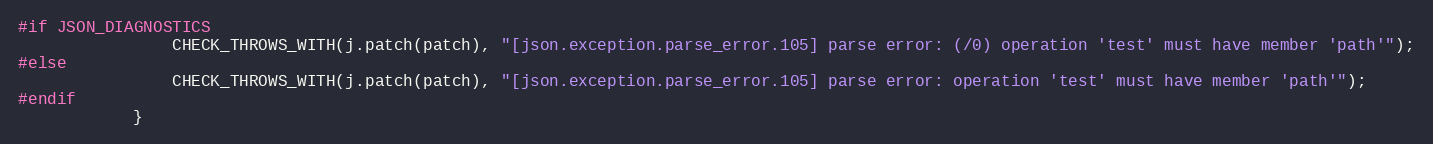
Language: C++
#if JSON_DIAGNOSTICS
                CHECK_THROWS_WITH(j.patch(patch), "[json.exception.parse_error.105] parse error: (/0) operation 'test' must have member 'path'");
#else
                CHECK_THROWS_WITH(j.patch(patch), "[json.exception.parse_error.105] parse error: operation 'test' must have member 'path'");
#endif
            }